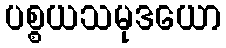
ပစ္စယသမုဒယော